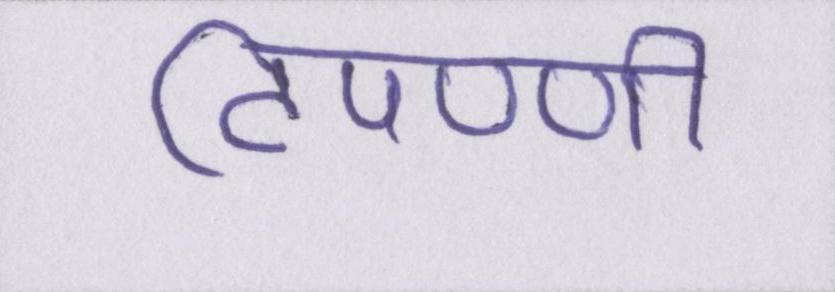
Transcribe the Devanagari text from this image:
टिपण्णी